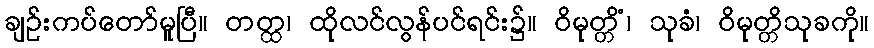
ချဉ်းကပ်တော်မူပြီ။ တတ္ထ၊ ထိုလင်လွန်ပင်ရင်း၌။ ဝိမုတ္တိံ၊ သုခံ၊ ဝိမုတ္တိသုခကို။